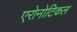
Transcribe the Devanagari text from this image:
एरोनोटिकल